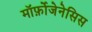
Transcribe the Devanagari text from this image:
मॉर्फ़ोजेनेसिस